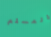
المسلم